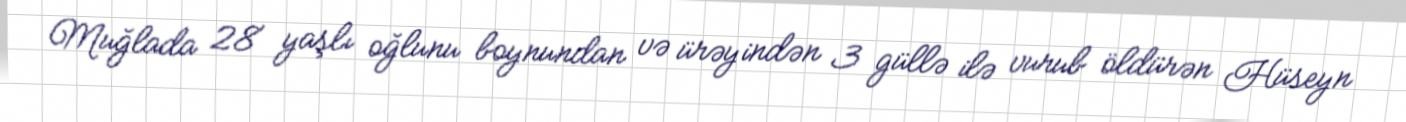
Muğlada 28 yaşlı oğlunu boynundan və ürəyindən 3 güllə ilə vurub öldürən Hüseyn